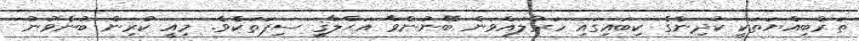
ތަރްބިއްޔަތަކީ ކުދިންގެ ކިބައިގައި ހަރުލައްވަން ބޭނުންވާ އަޙްލާޤީ ސިފަތަކެވެ. މިއީ ކުރިން ބުނެވުނު